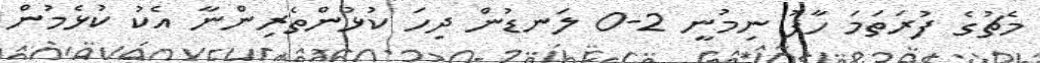
މެޗުގެ ފުރަތަމަ ހާފު ނިމުނީ 2-0 ލަނޑުން ދިހަ ކުޅުންތެރިންނާ އެކު ކުޅެމުން